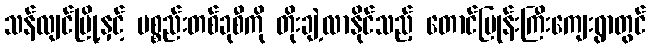
သန်လျင်မြို့နှင့် ပစ္စည်းတစ်ခုစီကို တိုးချဲ့လာနိုင်သည့် တောင်ပြုန်းကြီးကျေးရွာတွင်